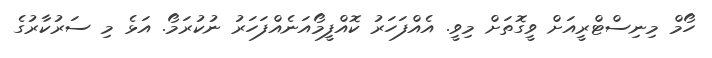
ހޯމް މިނިސްޓްރީއަށް ވީގޮތަށް މިވީ. އެއްފަހަރު ކޮއްފީމޯއަނެއްފަހަރު ނުކުރަމޯ. އަޅެ މި ސަރުކާރުގެ